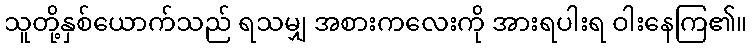
သူတို့နှစ်ယောက်သည် ရသမျှ အစားကလေးကို အားရပါးရ ဝါးနေကြ၏။